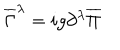
LaTeX: \overline { { { \Gamma } } } ^ { \lambda } = i g \partial ^ { \lambda } \overline { { { \Pi } } }